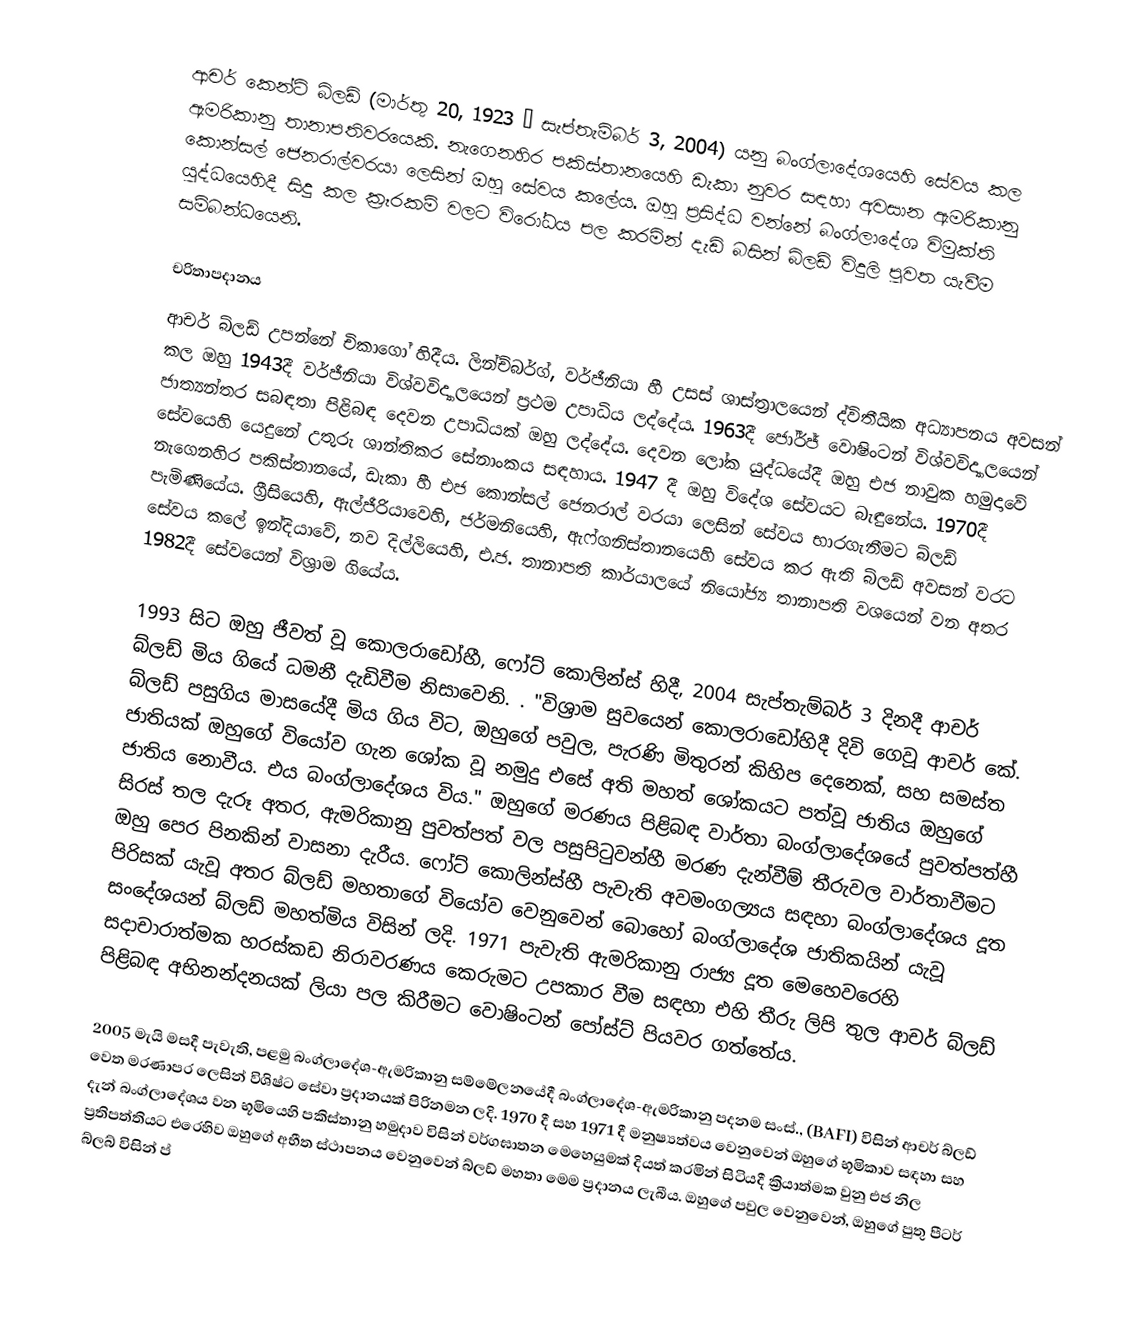
ආචර් කෙන්ට් බ්ලඩ් (මාර්තු 20, 1923 – සැප්තැම්බර් 3, 2004) යනු බංග්ලාදේශයෙහි  සේවය කල ඇමරිකානු තානාපතිවරයෙකි. නැගෙනහිර පකිස්තානයෙහි ඩැකා නුවර සඳහා අවසාන ඇමරිකානු කොන්සල් ජෙනරාල්වරයා ලෙසින් ඔහු සේවය කලේය. ඔහු ප්‍රසිද්ධ වන්නේ  බංග්ලාදේශ විමුක්ති යුද්ධයෙහිදී සිදු කල ක්‍රෑරකම් වලට විරෝධය පල කරමින් දැඩි බසින් බ්ලඩ් විදුලි පුවත යැවීම සම්බන්ධයෙනි.

චරිතාපදානය
ආචර් බ්ලඩ් උපන්නේ  චිකාගෝ හිදීය. ලින්ච්බර්ග්, වර්ජීනියා හී උසස් ශාස්ත්‍රාලයෙන් ද්විතීයික අධ්‍යාපනය අවසන් කල ඔහු 1943දී  වර්ජීනියා විශ්වවිද්‍යාලයෙන් ප්‍රථම උපාධිය ලද්දේය. 1963දී ජෝර්ජ් වොෂිංටන් විශ්වවිද්‍යාලයෙන් ජාත්‍යන්තර සබඳතා පිළිබඳ දෙවන උපාධියක් ඔහු ලද්දේය. දෙවන ලෝක යුද්ධයේදී ඔහු එජ නාවුක හමුදාවේ සේවයෙහි යෙදුනේ  උතුරු ශාන්තිකර සේනාංකය සඳහාය. 1947 දී ඔහු විදේශ සේවයට බැඳුනේය. 1970දී නැගෙනහිර පකිස්තානයේ, ඩැකා හී එජ කොන්සල් ජෙනරාල් වරයා ලෙසින් සේවය භාරගැනීමට බ්ලඩ් පැමිණියේය. ග්‍රීසියෙහි, ඇල්ජීරියාවෙහි, ජර්මනියෙහි, ඇෆ්ගනිස්තානයෙහි සේවය කර ඇති බ්ලඩ් අවසන් වරට සේවය කලේ   ඉන්දියාවේ, නව දිල්ලියෙහි, එ.ජ. තානාපති කාර්යාලයේ නියෝජ්‍ය තානාපති වශයෙන් වන අතර 1982දී සේවයෙන් විශ්‍රාම ගියේය.

1993 සිට ඔහු ජීවත් වූ කොලරාඩෝහී, ෆෝට් කොලින්ස් හිදී, 2004 සැප්තැම්බර් 3 දිනදී  ආචර් බ්ලඩ් මිය ගියේ ධමනී දැඩිවීම නිසාවෙනි. . "විශ්‍රාම සුවයෙන් කොලරාඩෝහිදී දිවි ගෙවූ ආචර් කේ. බ්ලඩ් පසුගිය මාසයේදී මිය ගිය විට, ඔහුගේ පවුල, පැරණි මිතුරන් කිහිප දෙනෙක්, සහ සමස්ත ජාතියක් ඔහුගේ වියෝව ගැන ශෝක වූ නමුදු එසේ අති මහත් ශෝකයට පත්වූ ජාතිය ඔහුගේ ජාතිය නොවීය. එය බංග්ලාදේශය විය."  ඔහුගේ මරණය පිළිබඳ වාර්තා බංග්ලාදේශයේ පුවත්පත්හී සිරස් තල දැරූ අතර, ඇමරිකානු පුවත්පත් වල පසුපිටුවන්හී මරණ දැන්වීම් තීරුවල වාර්තාවීමට ඔහු පෙර පිනකින් වාසනා දැරීය. ෆෝට් කොලින්ස්හී පැවැති අවමංගල්‍යය සඳහා බංග්ලාදේශය දූත පිරිසක් යැවූ අතර බ්ලඩ් මහතාගේ වියෝව වෙනුවෙන් බොහෝ බංග්ලාදේශ ජාතිකයින් යැවූ සංදේශයන් බ්ලඩ් මහත්මිය විසින් ලදි. 1971 පැවැති ඇමරිකානු රාජ්‍ය දූත මෙහෙවරෙහි සදාචාරාත්මක හරස්කඩ නිරාවරණය කෙරුමට උපකාර වීම සඳහා එහි තීරු ලිපි තුල ආචර් බ්ලඩ් පිළිබඳ අභිනන්දනයක් ලියා පල කිරීමට වොෂිංටන් පෝස්ට් පියවර ගත්තේය.

2005 මැයි මසදී පැවැති, පළමු බංග්ලාදේශ-ඇමරිකානු සම්මේලනයේදී බංග්ලාදේශ-ඇමරිකානු පදනම සංස්., (BAFI)  විසින් ආචර් බ්ලඩ් වෙත මරණාපර ලෙසින්  විශිෂ්ට සේවා ප්‍රදානයක් පිරිනමන ලදි. 1970 දී  සහ 1971 දී මනුෂ්‍යත්වය වෙනුවෙන් ඔහුගේ භූමිකාව සඳහා සහ දැන් බංග්ලාදේශය වන භූමියෙහි පකිස්තානු හමුදාව විසින් වර්ගඝාතන මෙහෙයුමක් දියත් කරමින් සිටියදී ක්‍රියාත්මක වුනු එජ නිල ප්‍රතිපත්තියට එරෙහිව ඔහුගේ අභීත ස්ථාපනය වෙනුවෙන් බ්ලඩ් මහතා මෙම ප්‍රදානය ලැබීය. ඔහුගේ පවුල වෙනුවෙන්, ඔහුගේ පුතු පීටර් බ්ලබ් විසින් ප්‍